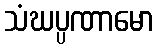
သံဃပ္ပဏာမော